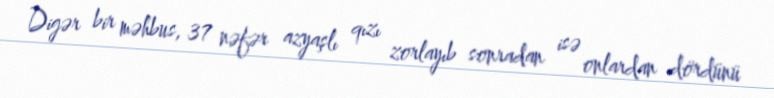
Digər bir məhbus, 37 nəfər azyaşlı qızı zorlayıb sonradan isə onlardan dördünü